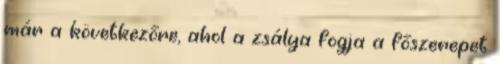
már a következőre, ahol a zsálya fogja a főszerepet